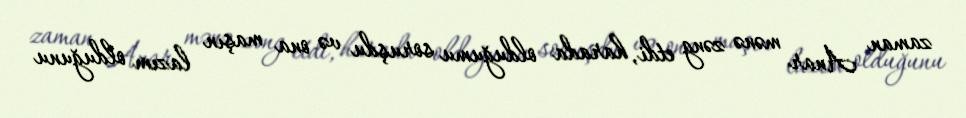
zaman Anar mənə zəng etdi, harada olduğumu soruşdu və ona maşın lazım olduğunu